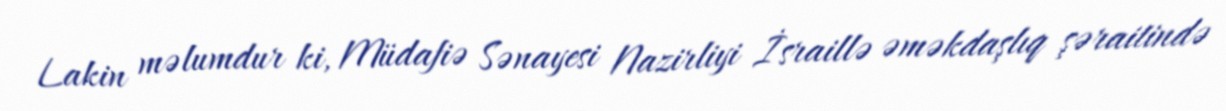
Lakin məlumdur ki, Müdafiə Sənayesi Nazirliyi İsraillə əməkdaşlıq şəraitində